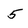
Character: 5